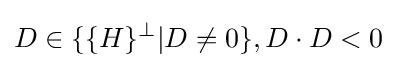
D\in \{\{H\}^{\perp }|D\neq 0\},D\cdot D<0